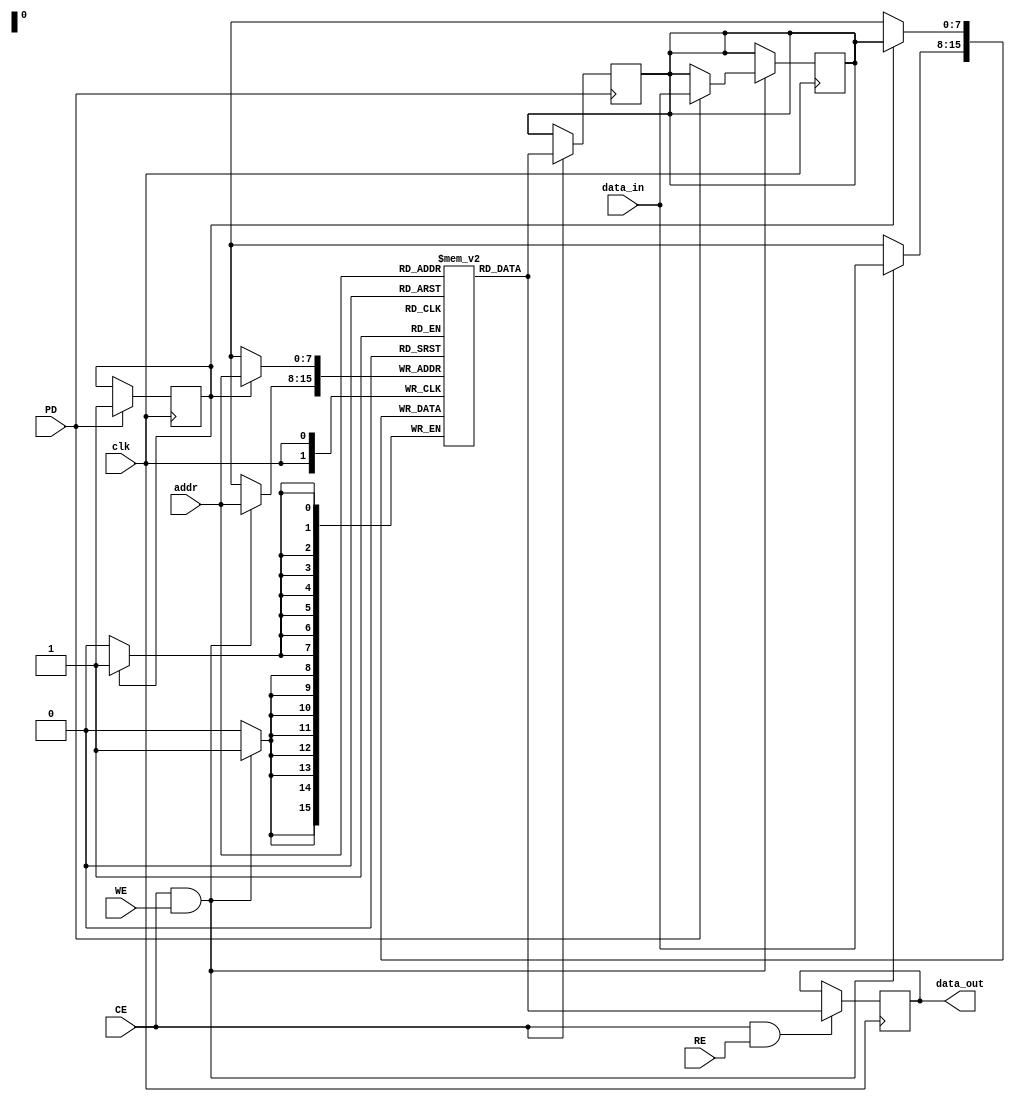
module NVSRAM #(
    parameter ADDR_WIDTH = 8,  // Address width
    parameter DATA_WIDTH = 8,   // Data width
    parameter MEMORY_SIZE = (1 << ADDR_WIDTH) // Number of memory locations
)(
    input wire clk,               // Clock signal
    input wire CE,                // Chip Enable
    input wire WE,                // Write Enable
    input wire RE,                // Read Enable
    input wire PD,                // Power Down
    input wire [ADDR_WIDTH-1:0] addr, // Address input
    input wire [DATA_WIDTH-1:0] data_in, // Data input
    output reg [DATA_WIDTH-1:0] data_out  // Data output
);

    // Memory array (SRAM Cells)
    reg [DATA_WIDTH-1:0] sram [0:MEMORY_SIZE-1];
    reg [DATA_WIDTH-1:0] nv_memory; // Non-volatile memory element
    reg power_down_trigger; // Power down trigger
    reg power_restored; // Power restored flag

    // Read Operation
    always @(posedge clk) begin
        if (CE && RE) begin
            data_out <= sram[addr];
        end
    end

    // Write Operation
    always @(posedge clk) begin
        if (CE && WE) begin
            sram[addr] <= data_in;
            // Trigger non-volatile write if necessary
            if (PD) begin
                nv_memory <= data_in; // Store current data in non-volatile memory
            end
        end
    end

    // Non-volatile write on power down
    always @(posedge PD) begin
        if (CE) begin
            nv_memory <= sram[addr]; // Capture SRAM state
        end
    end

    // Restoration after power is restored
    always @(posedge clk) begin
        if (power_restored) begin
            // Restore data from non-volatile memory back to SRAM
            sram[addr] <= nv_memory;
        end
    end

    // Power Management
    always @(posedge clk or negedge PD) begin
        if (!PD) begin
            power_down_trigger <= 1; // Power down triggered
            // Additional logic for power management can be implemented here
        end else begin
            power_down_trigger <= 0; // Power down released
            power_restored <= 1; // Indicate power restored
        end
    end

    // Initialization
    initial begin
        power_down_trigger = 0;
        power_restored = 0;
        nv_memory = 0;
    end

endmodule